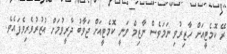
ރޭ ކޮމެޓީއަށް ހާޒިރުވި ނަމަވެސް ނާޒިމް ވަނީ ކޮމެޓީއަށް ޖަވާބު ދާރީވުމަށް އުޒުރުވެރިވެފައެވެ.